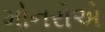
મોનરોએ